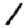
Digit: 1